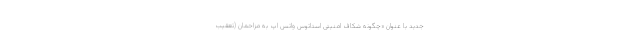
جدید با عنوان «چگونه شکاف امنیتی استاتوس واتس اپ به مزاحمان (تعقیب